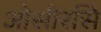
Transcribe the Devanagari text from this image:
ओसीरसि